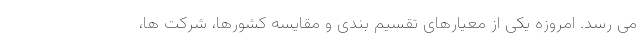
می رسد. امروزه یکی از معیارهای تقسیم بندی و مقایسه کشورها، شرکت ها،